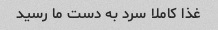
غذا کاملا سرد به دست ما رسید